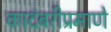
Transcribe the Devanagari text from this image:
कादंबरीप्रमाणे